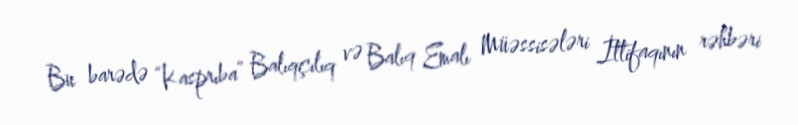
Bu barədə “Kasprıba” Balıqçılıq və Balıq Emalı Müəssisələri İttifaqının rəhbəri